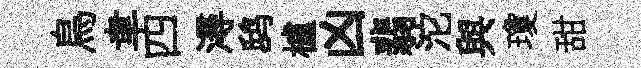
鳥聿四潯鸱櫨凶翡沱與瓊甜